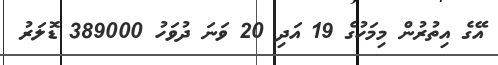
އޭގެ އިތުރުން މިމަހުގެ 19 އަދި 20 ވަނަ ދުވަހު 389000 ޑޮލަރު